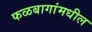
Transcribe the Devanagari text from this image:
फळबागांमधील